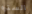
الستره